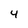
Character: 4